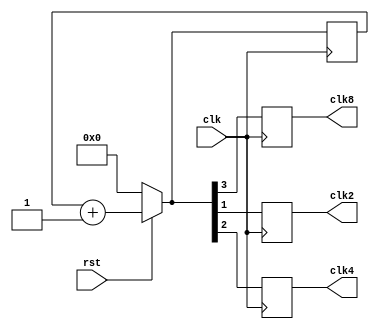
`timescale 1ns / 1ps
//////////////////////////////////////////////////////////////////////////////////
// Module Name:    clockdivider 
// Project Name: Clock Divider
// Tool versions: Xilinx ISE Design Suit 14.7 
// Revision 0.01 - File Created
//////////////////////////////////////////////////////////////////////////////////
module clockdivider(clk,clk2,clk4,clk8,rst);
input clk,rst;
reg [3:0]count;
output clk2,clk4,clk8;
reg clk2,clk4,clk8;
always@(posedge clk)
begin
if(rst==0)
count=4'b0000;
else
count=count+1;
clk2=count[1];
clk4=count[2];
clk8=count[3];
end
endmodule